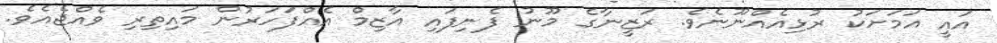
އައީ އަމަށަކު ރުޅިއެއްނޫނެވެ. ރަޒީނާގެ މޫނު ފެނިފައި އާޒިމް އެއްފަހަރުން މައިތިރި ވެއްޖެއެވެ.